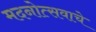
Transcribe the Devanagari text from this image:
मदनोत्सवाचे